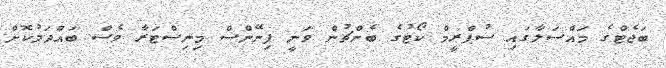
ބަޖެޓްގެ މައްސަލާގައި ސުޕްރީމް ކޯޓުގެ ބެންޗުން ވަނީ ފިނޭންސް މިނިސްޓަރާ ވެސް ބައްދަލުކޮށް